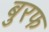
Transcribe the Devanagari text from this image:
बुरफ